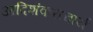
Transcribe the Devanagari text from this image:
आदिशंकराचार्य